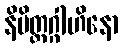
နိမိတ္တဂ္ဂါဟိနော